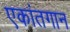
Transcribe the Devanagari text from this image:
एकांतगान